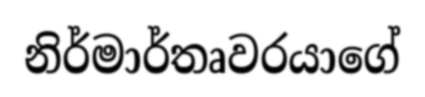
නිර්මාර්තෘවරයාගේ